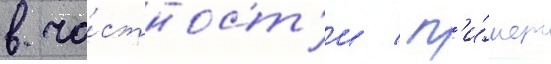
в ча́стност'и / п'и́шет